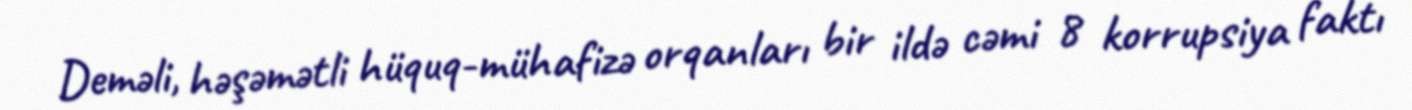
Deməli, həşəmətli hüquq-mühafizə orqanları bir ildə cəmi 8 korrupsiya faktı